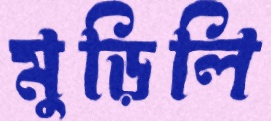
মুড়িলি